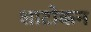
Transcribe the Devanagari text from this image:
शाटोकन